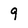
Character: 9